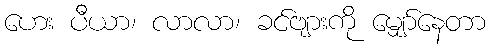
ဟေး ပီယာ၊ လာလာ၊ ခင်ဗျားကို မျှော်နေတာ